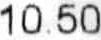
10.50